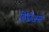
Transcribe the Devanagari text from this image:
डिडीअस